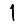
Digit: 1